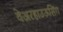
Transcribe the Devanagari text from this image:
वेअरहाउऊसिंग